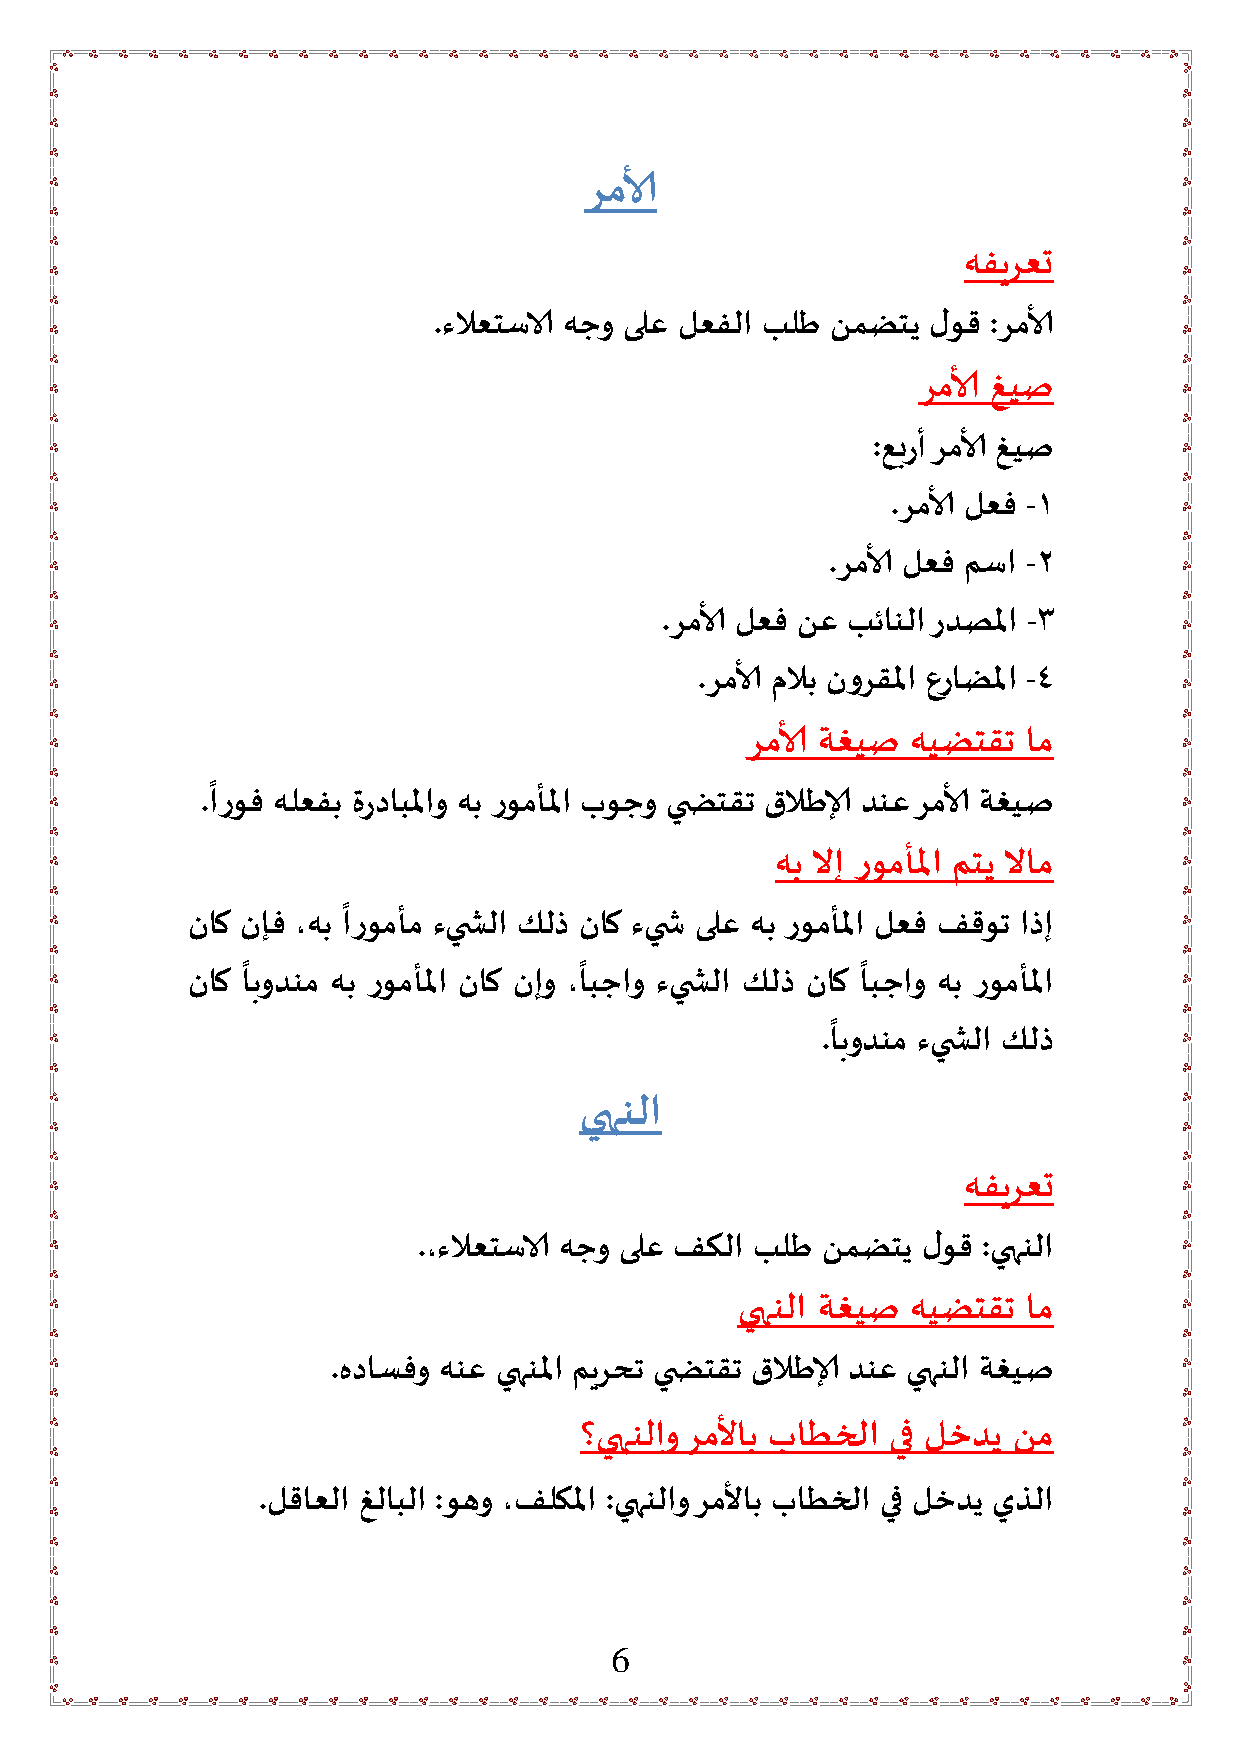
رمالأ
 هفيرعت
 .ءلاعتساست هجو ىلع لعفلا بلط نمضتي لوق :رمالأ
 رمالأ غيص
 :عبرأ رمالأ غيص
 .رمالأ لعف -1
 .رمالأ لعف مسا -2
 .رمالأ لعف نع بئانلا ردصلما -3
 .رمالأ ملاب نورقلما عراضلما -4
 رمالأ ةغيص هيضتقت  ام
 ً
 .اروف هلعفب مردابلماو هب رومألما بوجو ي ضتقت قلاطال دنع رمالأ ةغيص
 هب لاإ رومألما متي لاام
 ً
 ناك نإف ،هب ارومأم ءي شلا كلذ ناك ءي ش ىلع هب رومألما لعف فقوت اذإ
 ً                      ً                 ً
 ناك ابودنم هب رومألما ناك نإو ،ابجاو ءي شلا كلذ ناك ابجاو هب رومألما
 ً
 .ابودنم ءي شلا كلذ
 يهنلا
 هفيرعت
 .،ءلاعتساست هجو ىلع فكلا بلط نمضتي لوق :يهنلا
 يهنلا ةغيص هيضتقت  ام
 .هداسفو هنع يهنلما ميرحت ي ضتقت قلاطال دنع يهنلا ةغيص
 ؟يهنلاو رملأاب باطخلا يف لخدي نم
 .لقاعلا غلابلا :وهو ،فلكلما :يهنلاو رملأاب باطخلا يف لخدي يذلا
 6